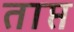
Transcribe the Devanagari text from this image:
ताप्त